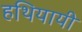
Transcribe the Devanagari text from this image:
हथियायी